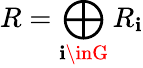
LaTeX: R=\bigoplus_{\mathbf{i}\inG}R_{\mathbf{i}}